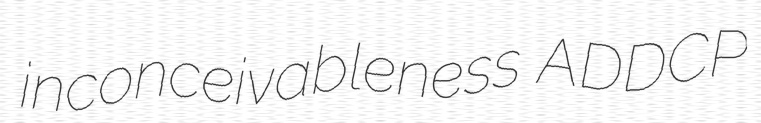
inconceivableness ADDCP